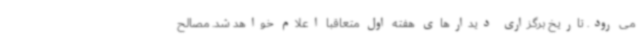
می رود. تاریخ برگزاری دیدارهای هفته اول متعاقبا اعلام خواهد شد. مصالح